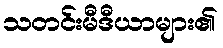
သတင်းမီဒီယာများ၏